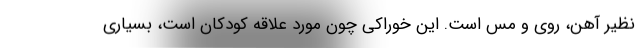
نظیر آهن، روی و مس است. این خوراکی چون مورد علاقه کودکان است، بسیاری